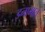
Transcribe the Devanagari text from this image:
इनामात